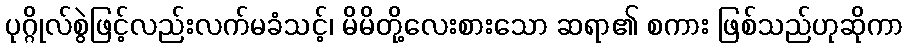
ပုဂ္ဂိုလ်စွဲဖြင့်လည်းလက်မခံသင့်၊ မိမိတို့လေးစားသော ဆရာ၏ စကား ဖြစ်သည်ဟုဆိုကာ